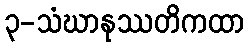
၃-သံဃာနုဿတိကထာ